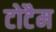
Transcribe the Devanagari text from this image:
टोटैम